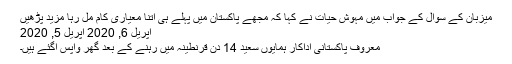
میزبان کے سوال کے جواب میں مہوش حیات نے کہا کہ مجھے پاکستان میں پہلے ہی اتنا معیاری کام مل رہا مزید پڑھیں
اپریل 6, 2020 اپریل 5, 2020
معروف پاکستانی اداکار ہمایوں سعید 14 دن قرنطینہ میں رہنے کے بعد گھر واپس آگئے ہیں۔